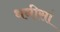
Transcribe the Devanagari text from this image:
धनीसां